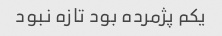
یکم پژمرده بود تازه نبود